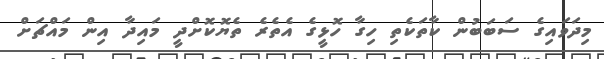
މިދަވައިގެ ސަބަބުން ކާތަކެތި ހިގާ ހޮޅީގެ އެތެރެ ތެޔޮކޮށްދީ މައިދާ އިން މައްޗަށް